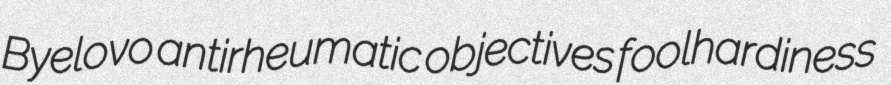
Byelovo antirheumatic objectives foolhardiness